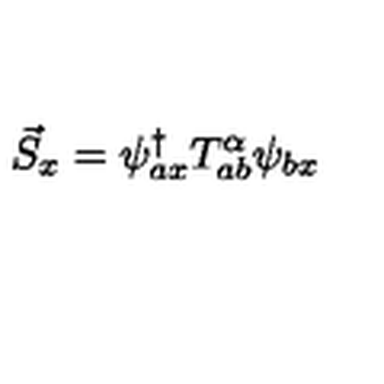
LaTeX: \vec { S } _ { x } = \psi _ { a x } ^ { \dagger } T _ { a b } ^ { \alpha } \psi _ { b x }